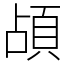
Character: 頕